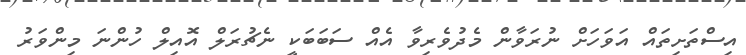
އިސްތަށިތައް އަވަހަށް ނުރަވާން މެދުވެރިވާ އެއް ސަބަބަކީ ނެޗުރަލް އޮއިލް ހުންނަ މިންވަރު